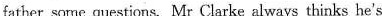
father some questions. Mr Clarke always thinks he.s